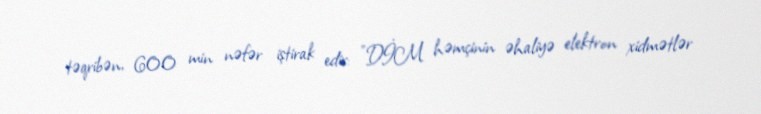
təqribən, 600 min nəfər iştirak edir: "DİM həmçinin əhaliyə elektron xidmətlər